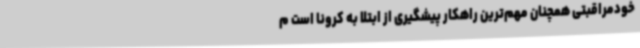
خودمراقبتی همچنان مهم‌ترین راهکار پیشگیری از ابتلا به کرونا است م